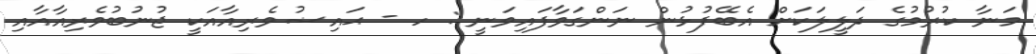
މަނާ ކުރުމުގެ ދަލީލަކަށް އެބޭފުޅުން ނަންގަވާފައިވަނީ : ހ - ޙައިޟުވެރިއާއަކީ ޖުނުބުވެރިއާއާއި